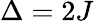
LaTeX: \Delta=2J